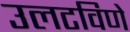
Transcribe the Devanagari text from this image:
उलटविणे